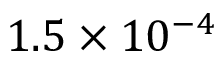
1 . 5 \times 1 0 ^ { - 4 }